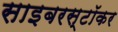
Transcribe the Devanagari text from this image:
साइबरस्टॉकर